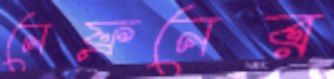
নেফ্রনের